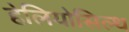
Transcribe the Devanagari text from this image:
हेलियोसिल्थ